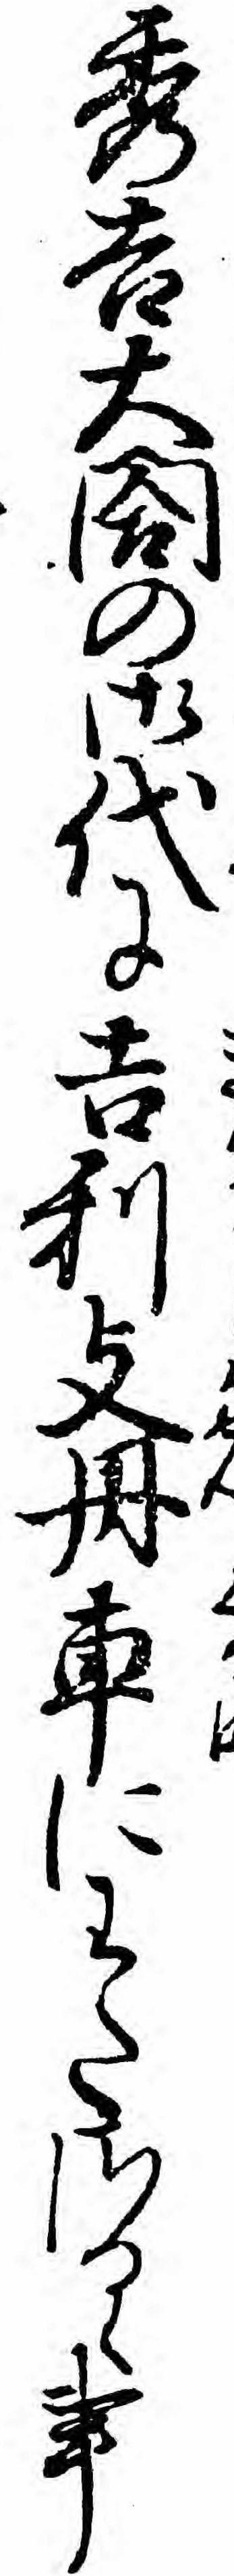
秀吉大閤の御代に吉利支丹車にわたさるゝ事